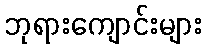
ဘုရားကျောင်းများ